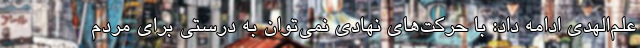
علم‌الهدی ادامه داد: با حرکت‌های نهادی نمی‌توان به درستی برای مردم